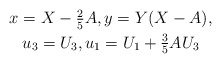
\begin{align*}\begin{gathered} x = X-\tfrac{2}{5}A,y = Y(X-A),\\ u_3=U_3,u_1 = U_1 + \tfrac{3}{5} A U_3\end{gathered}\end{align*}